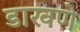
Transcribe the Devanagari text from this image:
डाखणे